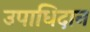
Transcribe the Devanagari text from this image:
उपाधिदान